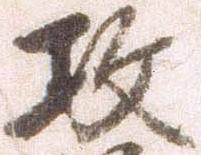
攻